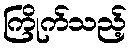
ကြိုက်သည့်